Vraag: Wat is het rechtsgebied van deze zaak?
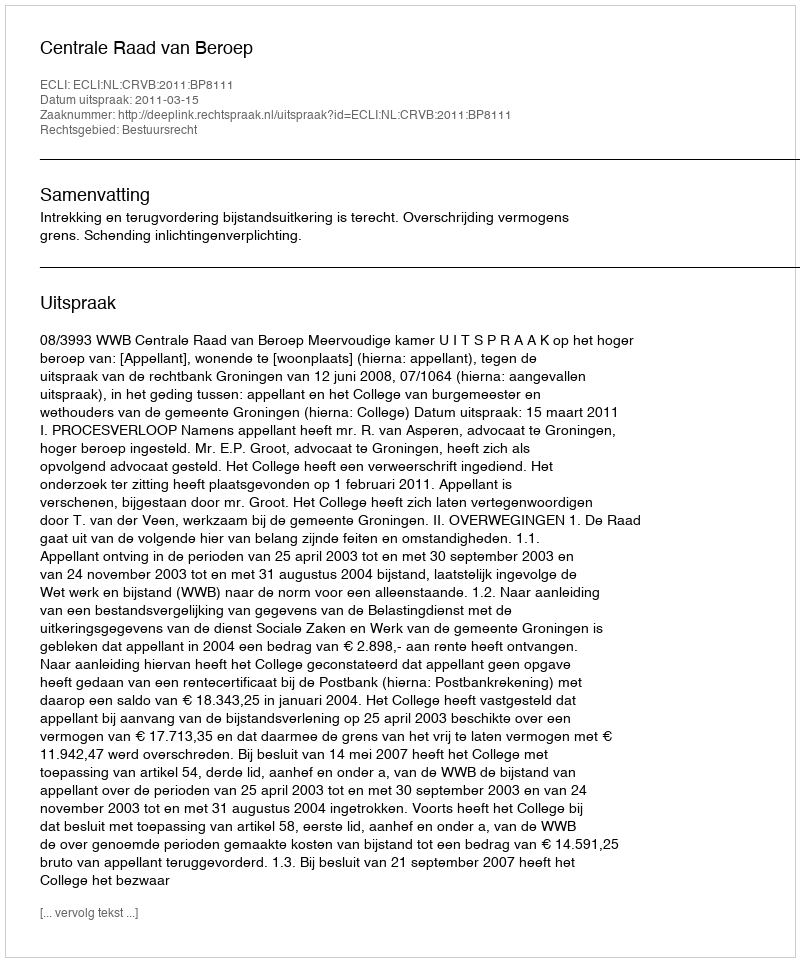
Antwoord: Bestuursrecht